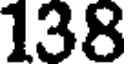
138